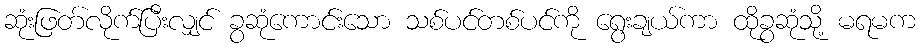
ဆုံးဖြတ်လိုက်ပြီးလျှင် ခွဆုံကောင်းသော သစ်ပင်တစ်ပင်ကို ရွေးချယ်ကာ ထိုခွဆုံသို့ မရမက